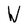
Character: W